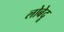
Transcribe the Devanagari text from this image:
लोबेदू